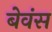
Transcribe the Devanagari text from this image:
बेवंस